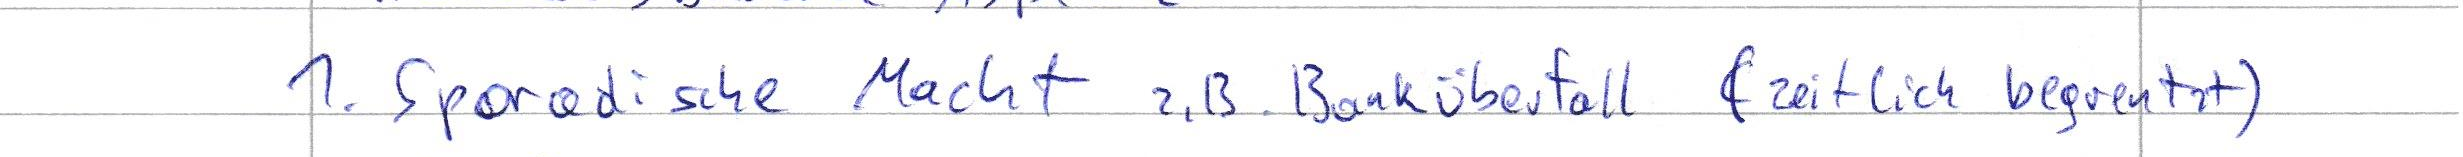
1. Sporadische Macht z.B. Banküberfall (zeitlich begrenzt)